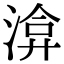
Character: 渰